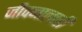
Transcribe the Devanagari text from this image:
जीवनालाही